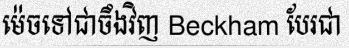
ម៉េចទៅជាចឹងវិញ Beckham បែរជា